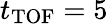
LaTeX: t_{\mathrm{TOF}}=5